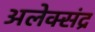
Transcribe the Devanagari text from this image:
अलेक्संद्र